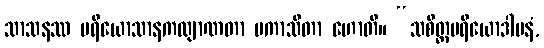
သာသနဿ ပရိယောသာနကလျာဏတာ ပကာသိတာ ဟောတိ။ “သစိတ္တပရိယောဒါပနံ,